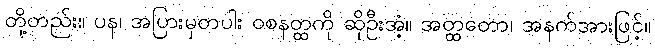
တို့တည်း။ ပန၊ အပြားမှတပါး ဝစနတ္ထကို ဆိုဦးအံ့။ အတ္ထတော၊ အနက်အားဖြင့်။